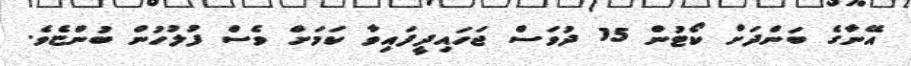
އޭނާގެ ބަންދަށް ކޯޓުން 15 ދުވަސް ޖަހައިދީފައިވާ ކަމަށް ވެސް ފުލުހުން ބުންޏެވެ.